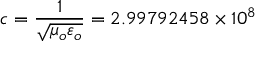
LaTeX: c = { \frac { 1 } { \sqrt { \mu _ { o } \varepsilon _ { o } } } } = 2 . 9 9 7 9 2 4 5 8 \times 1 0 ^ { 8 }